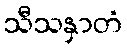
သီသနှာတံ